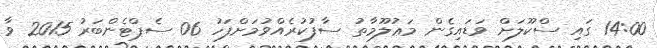
14:00 ގައި ސްކޫލަށް ވަޑައިގެން މަޢުލޫމާތު ސާފުކުރެއްވުމަށްފަހު 06 ސެޕްޓެންބަރު 2015 ވާ